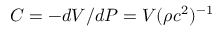
C = - d V / d P = V ( \rho c ^ { 2 } ) ^ { - 1 }